Bréfritari: Hildur Jónsdóttir Johnsen
Dagsetning: A-1856-02-12
Skrifað á: Akureyri  Eyf.

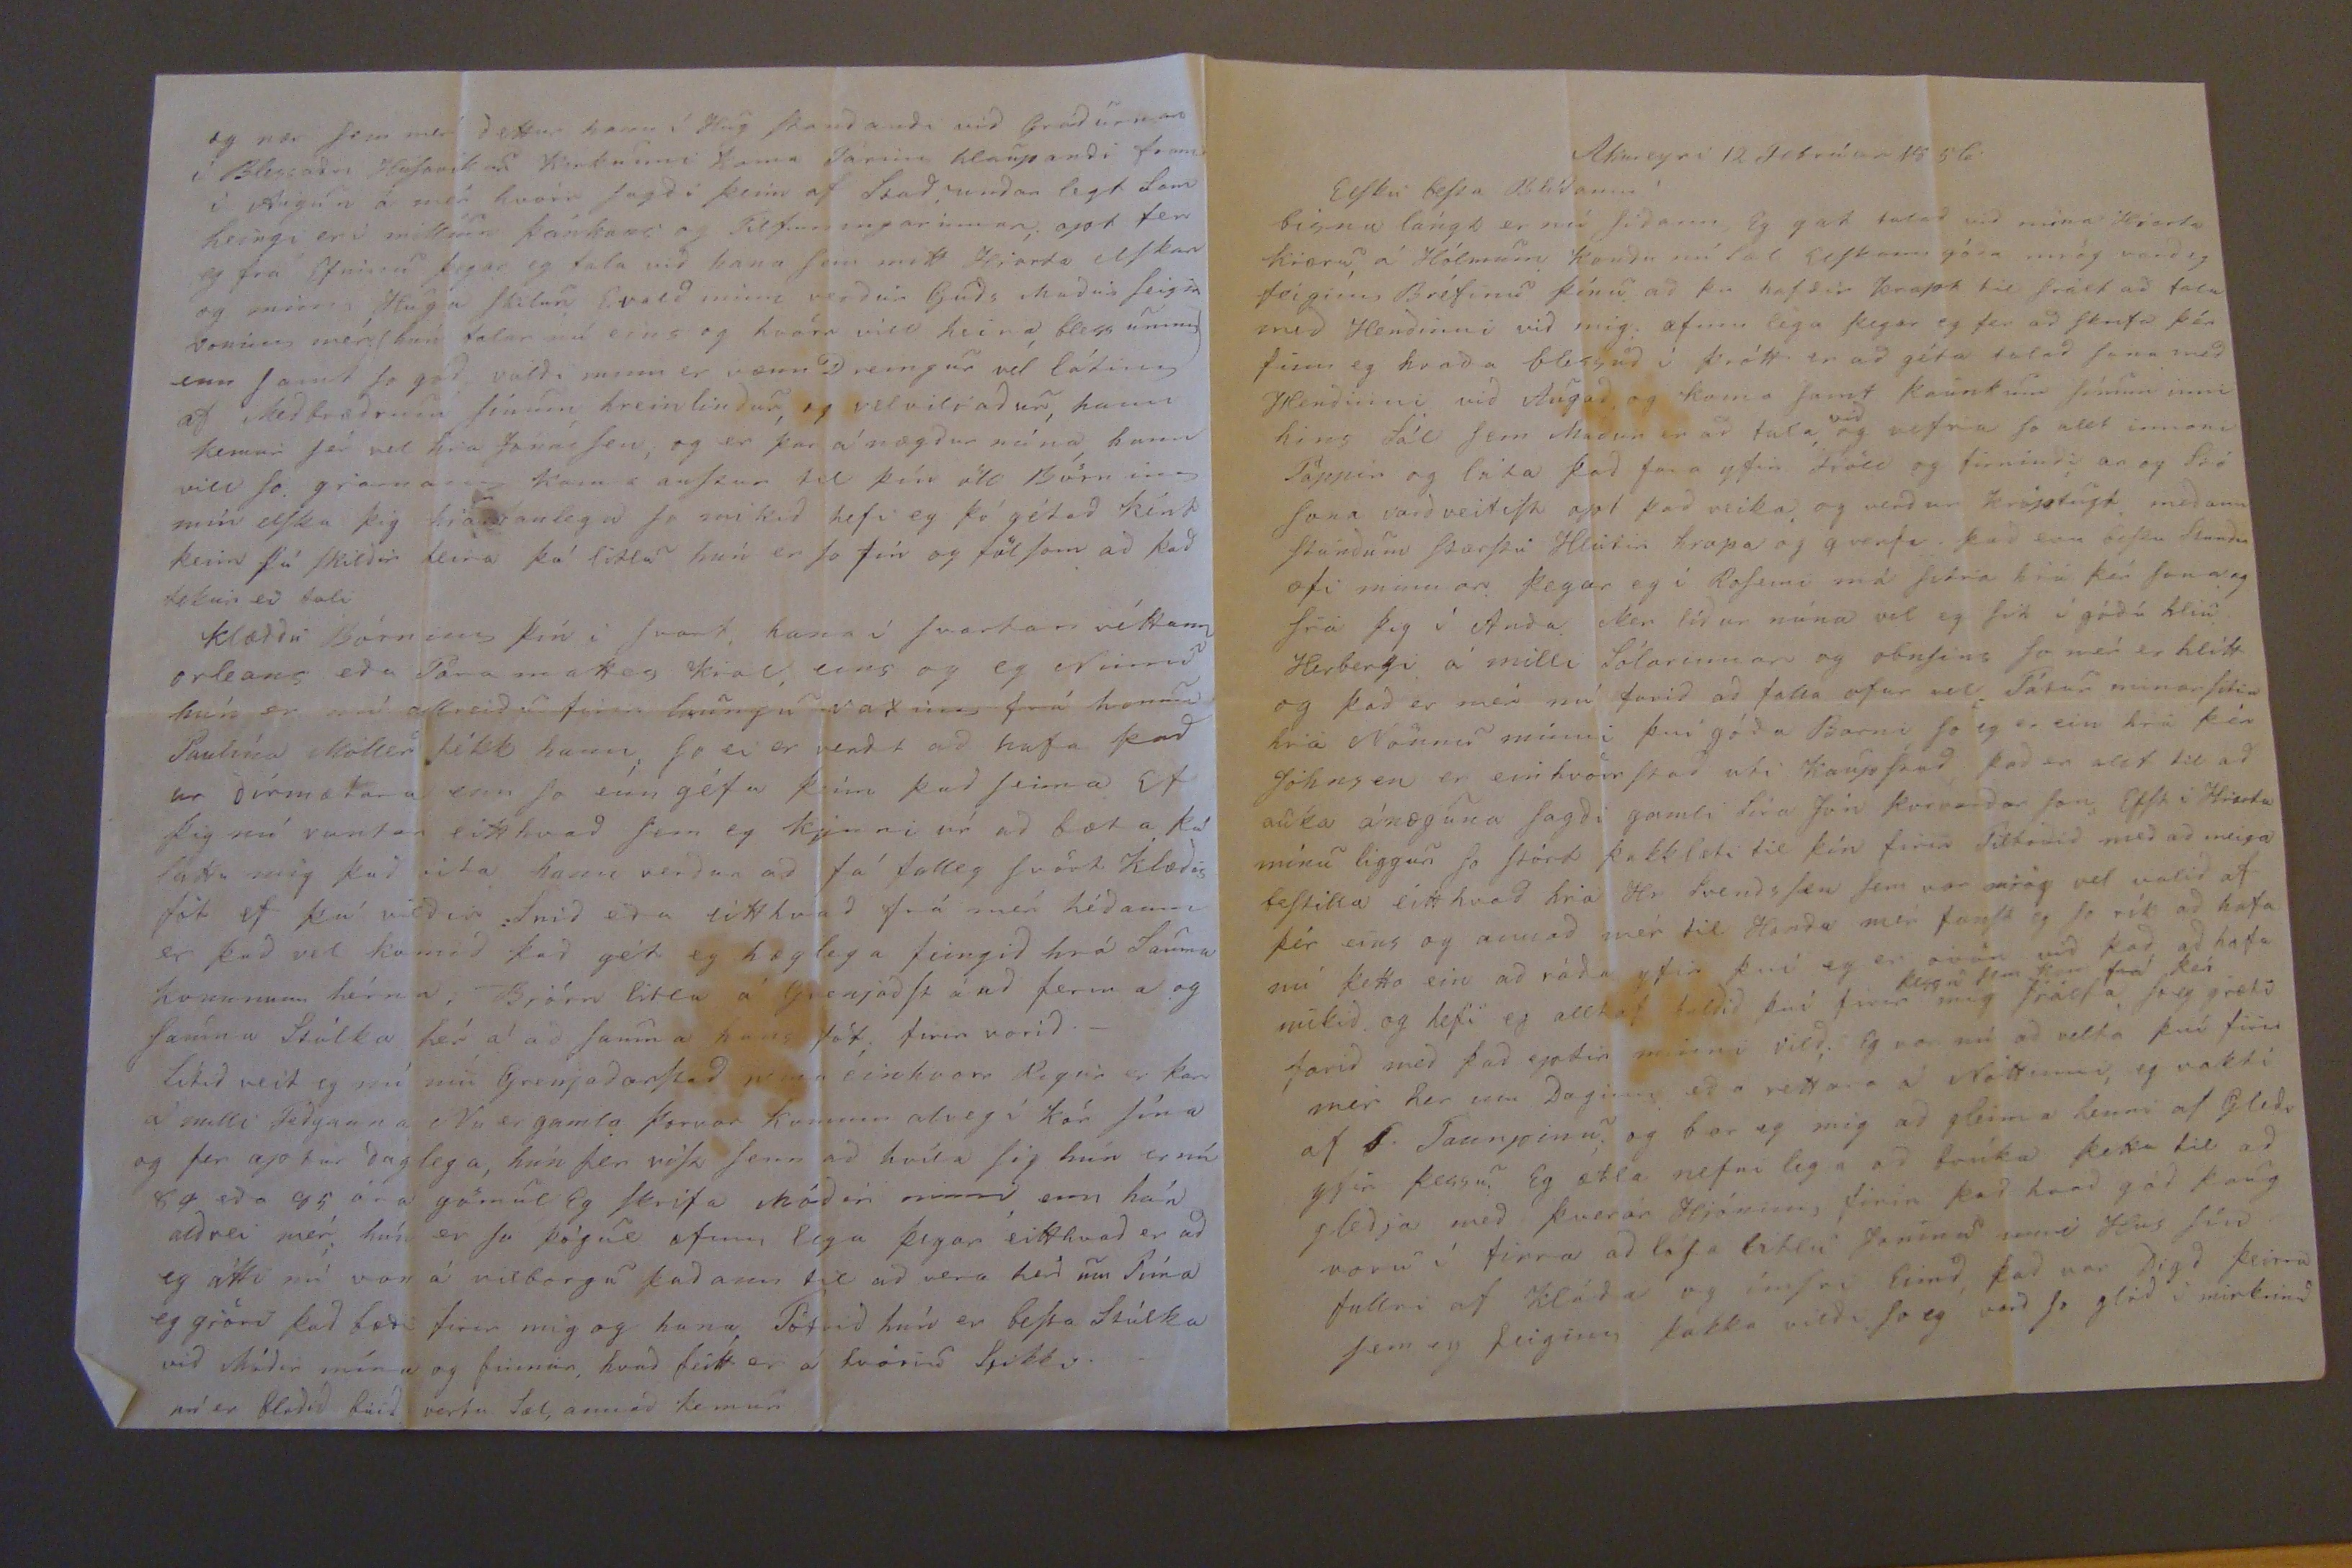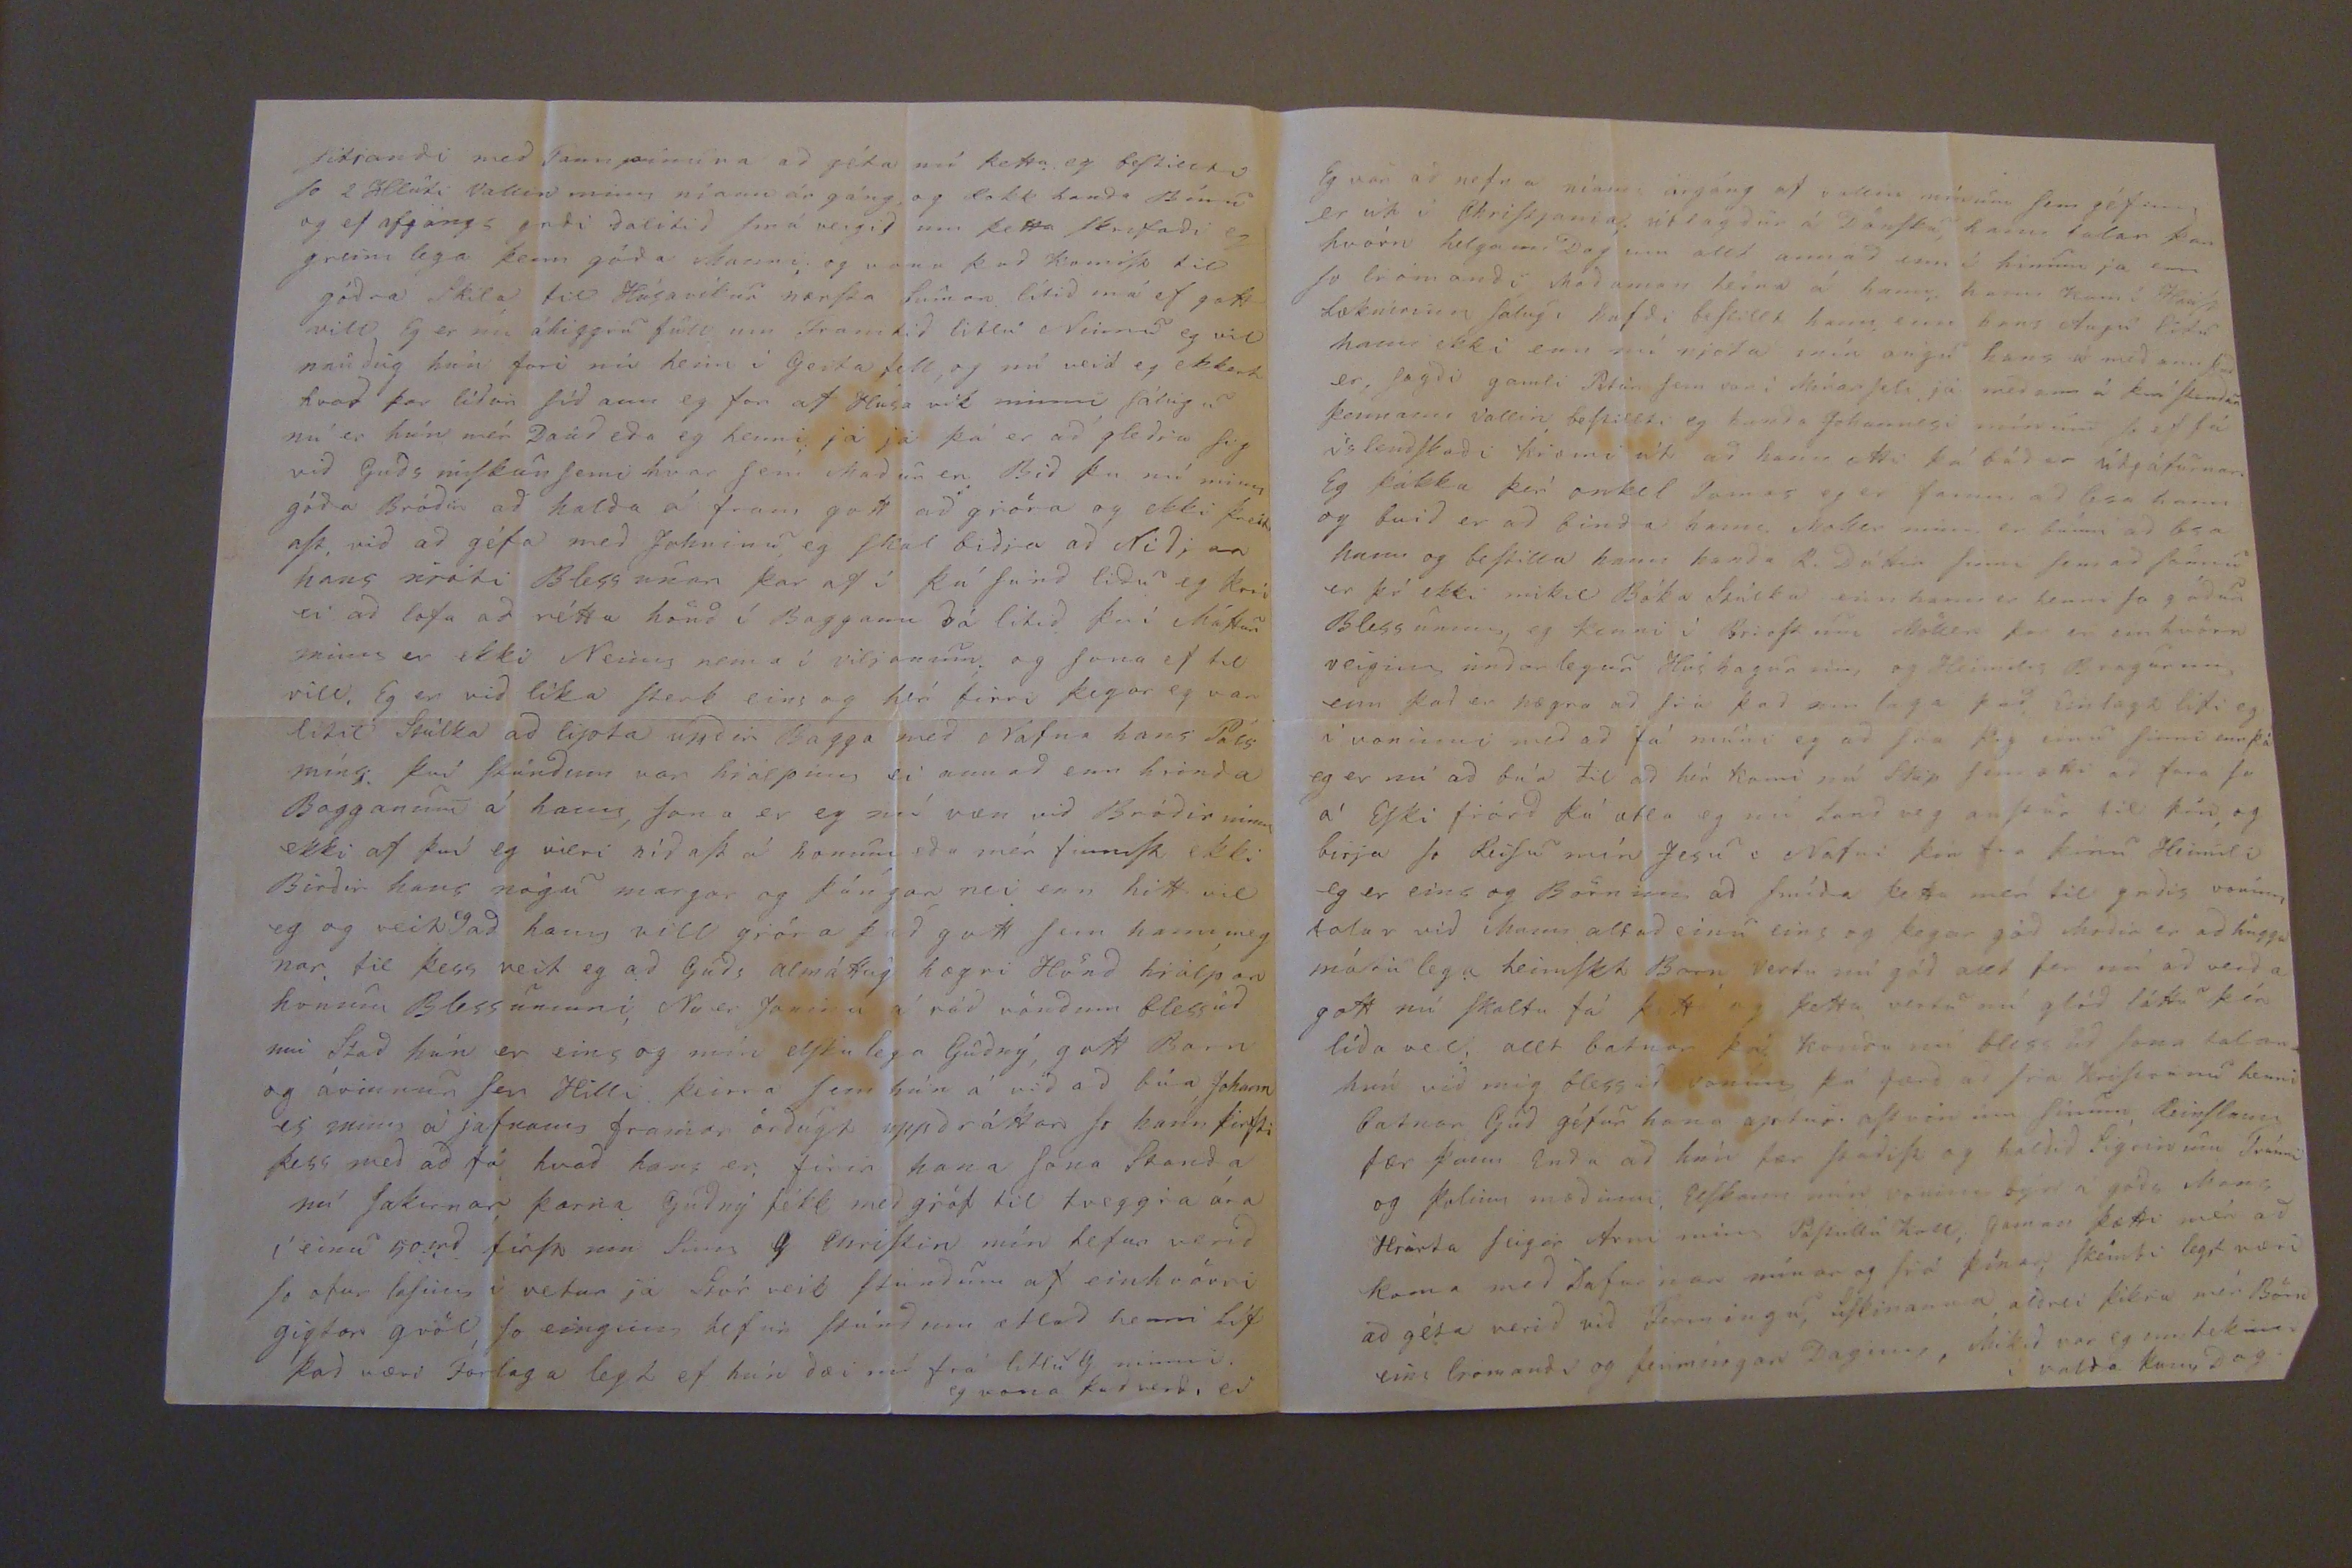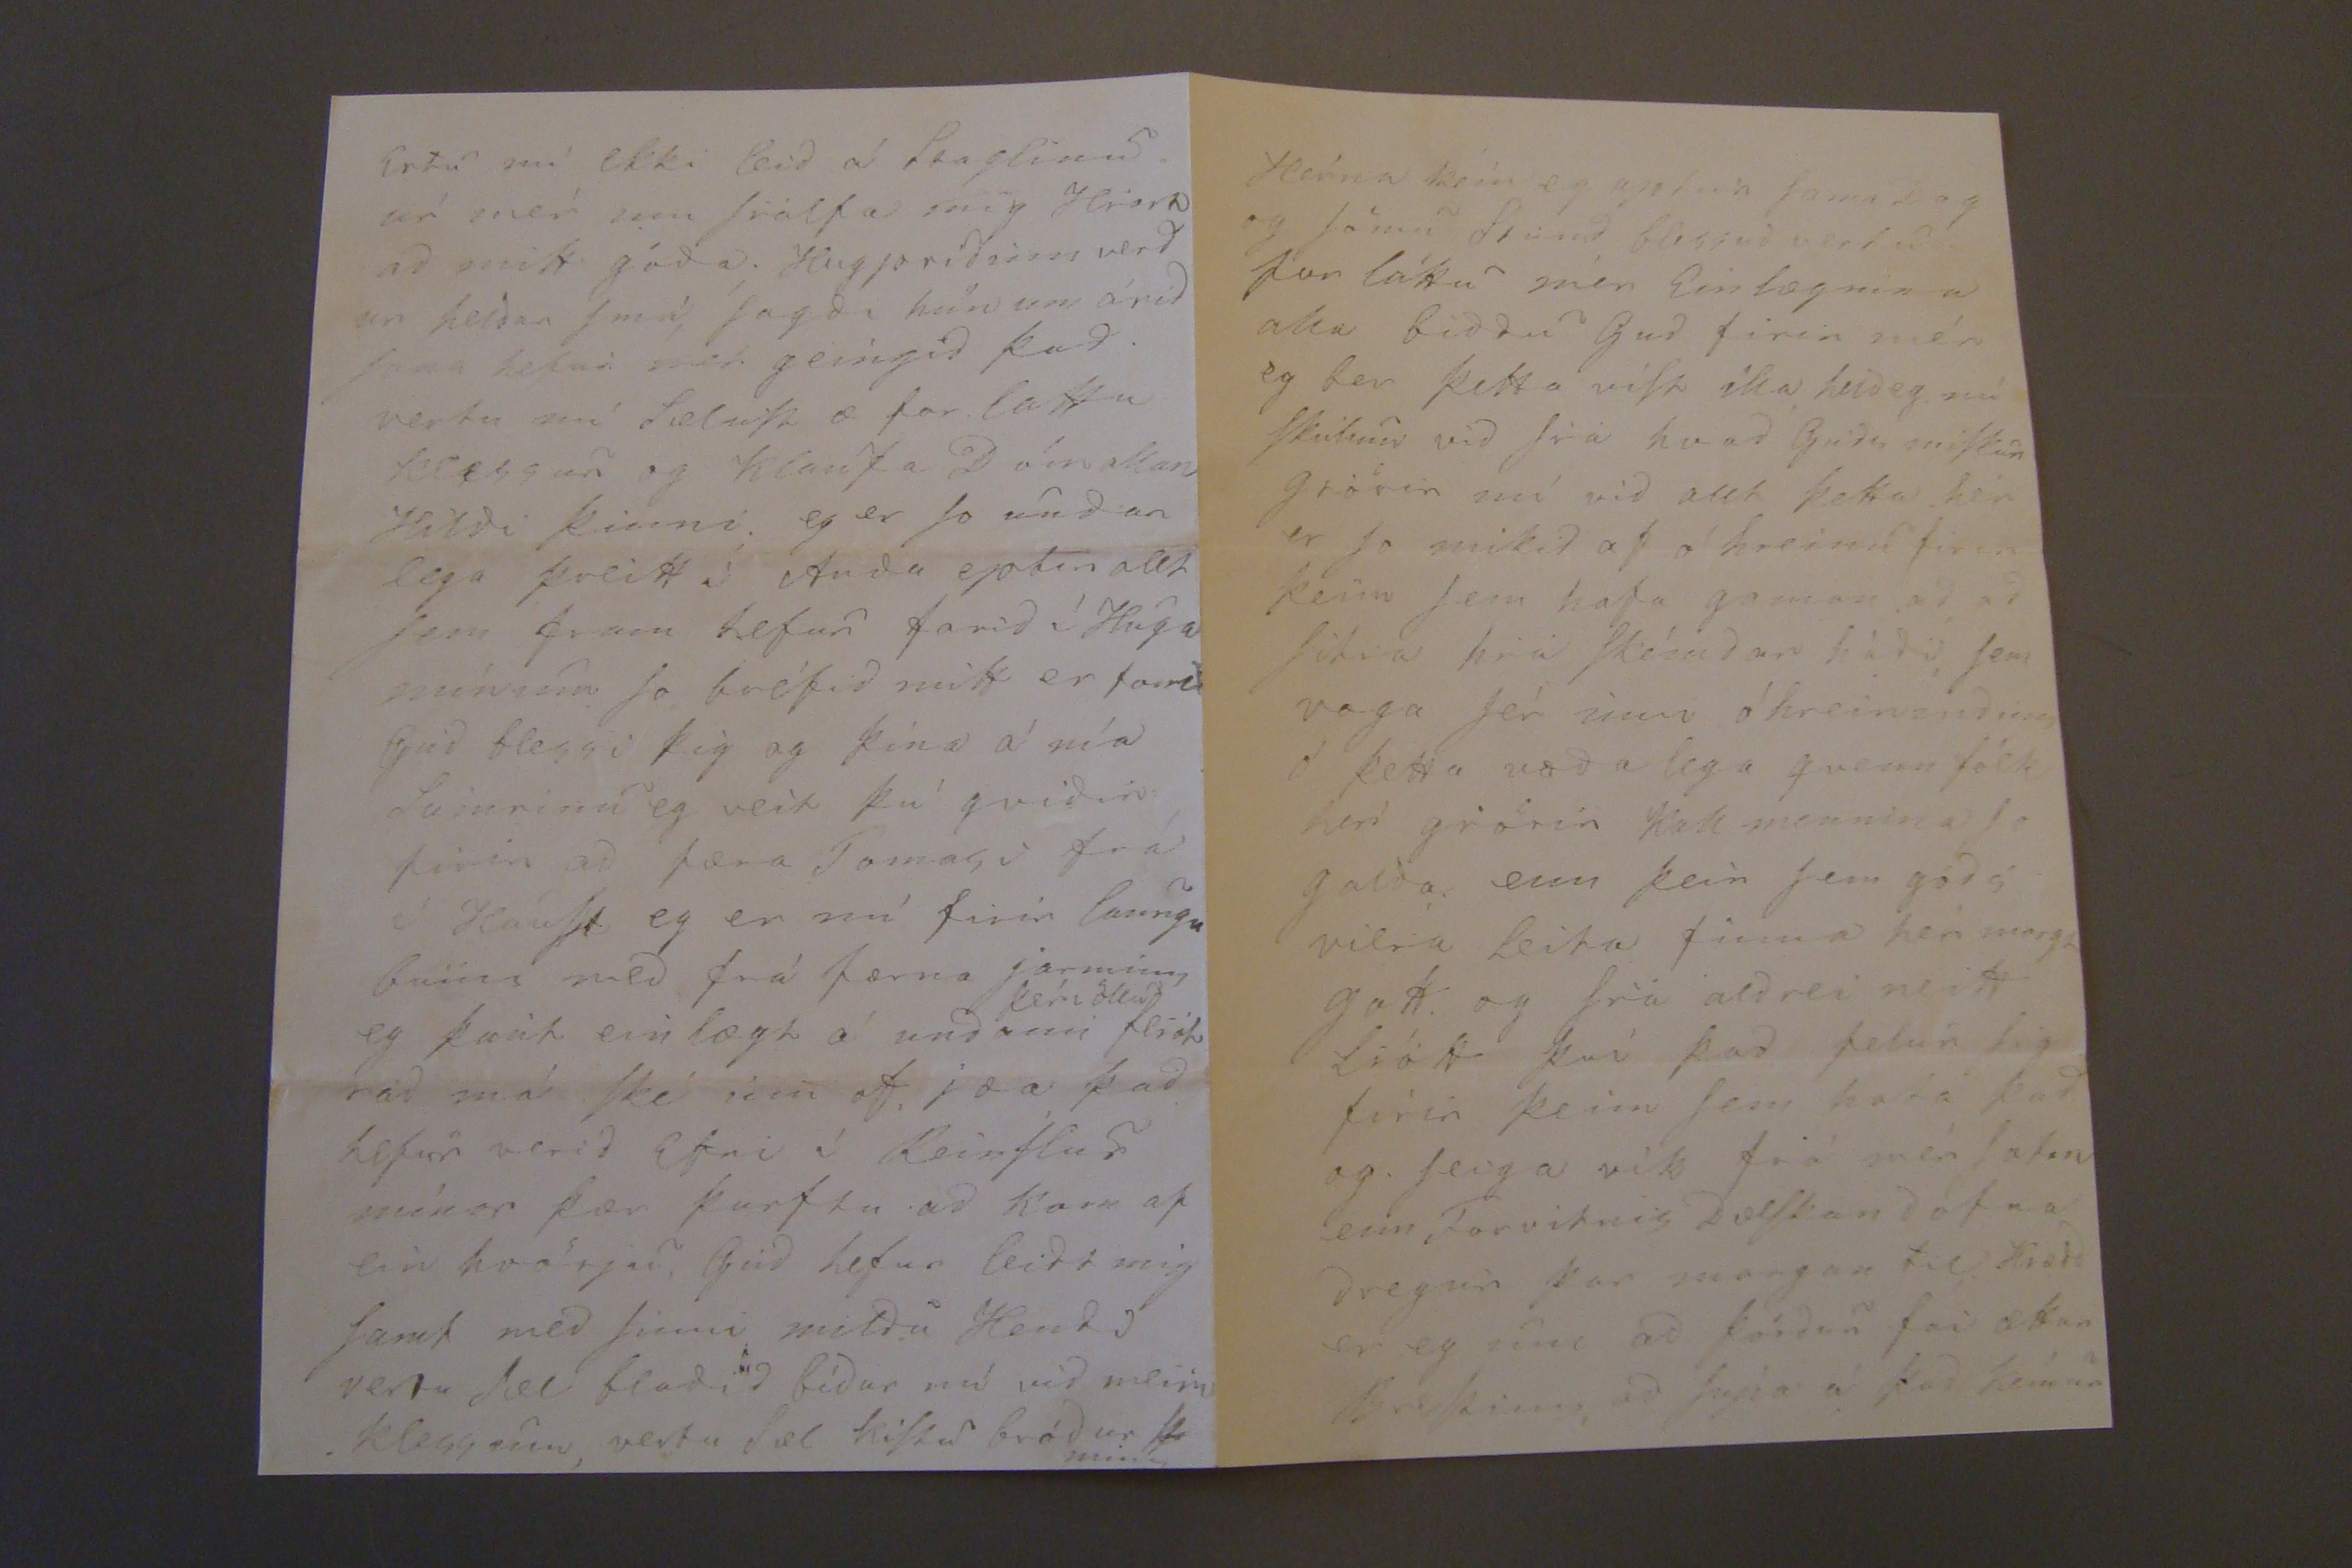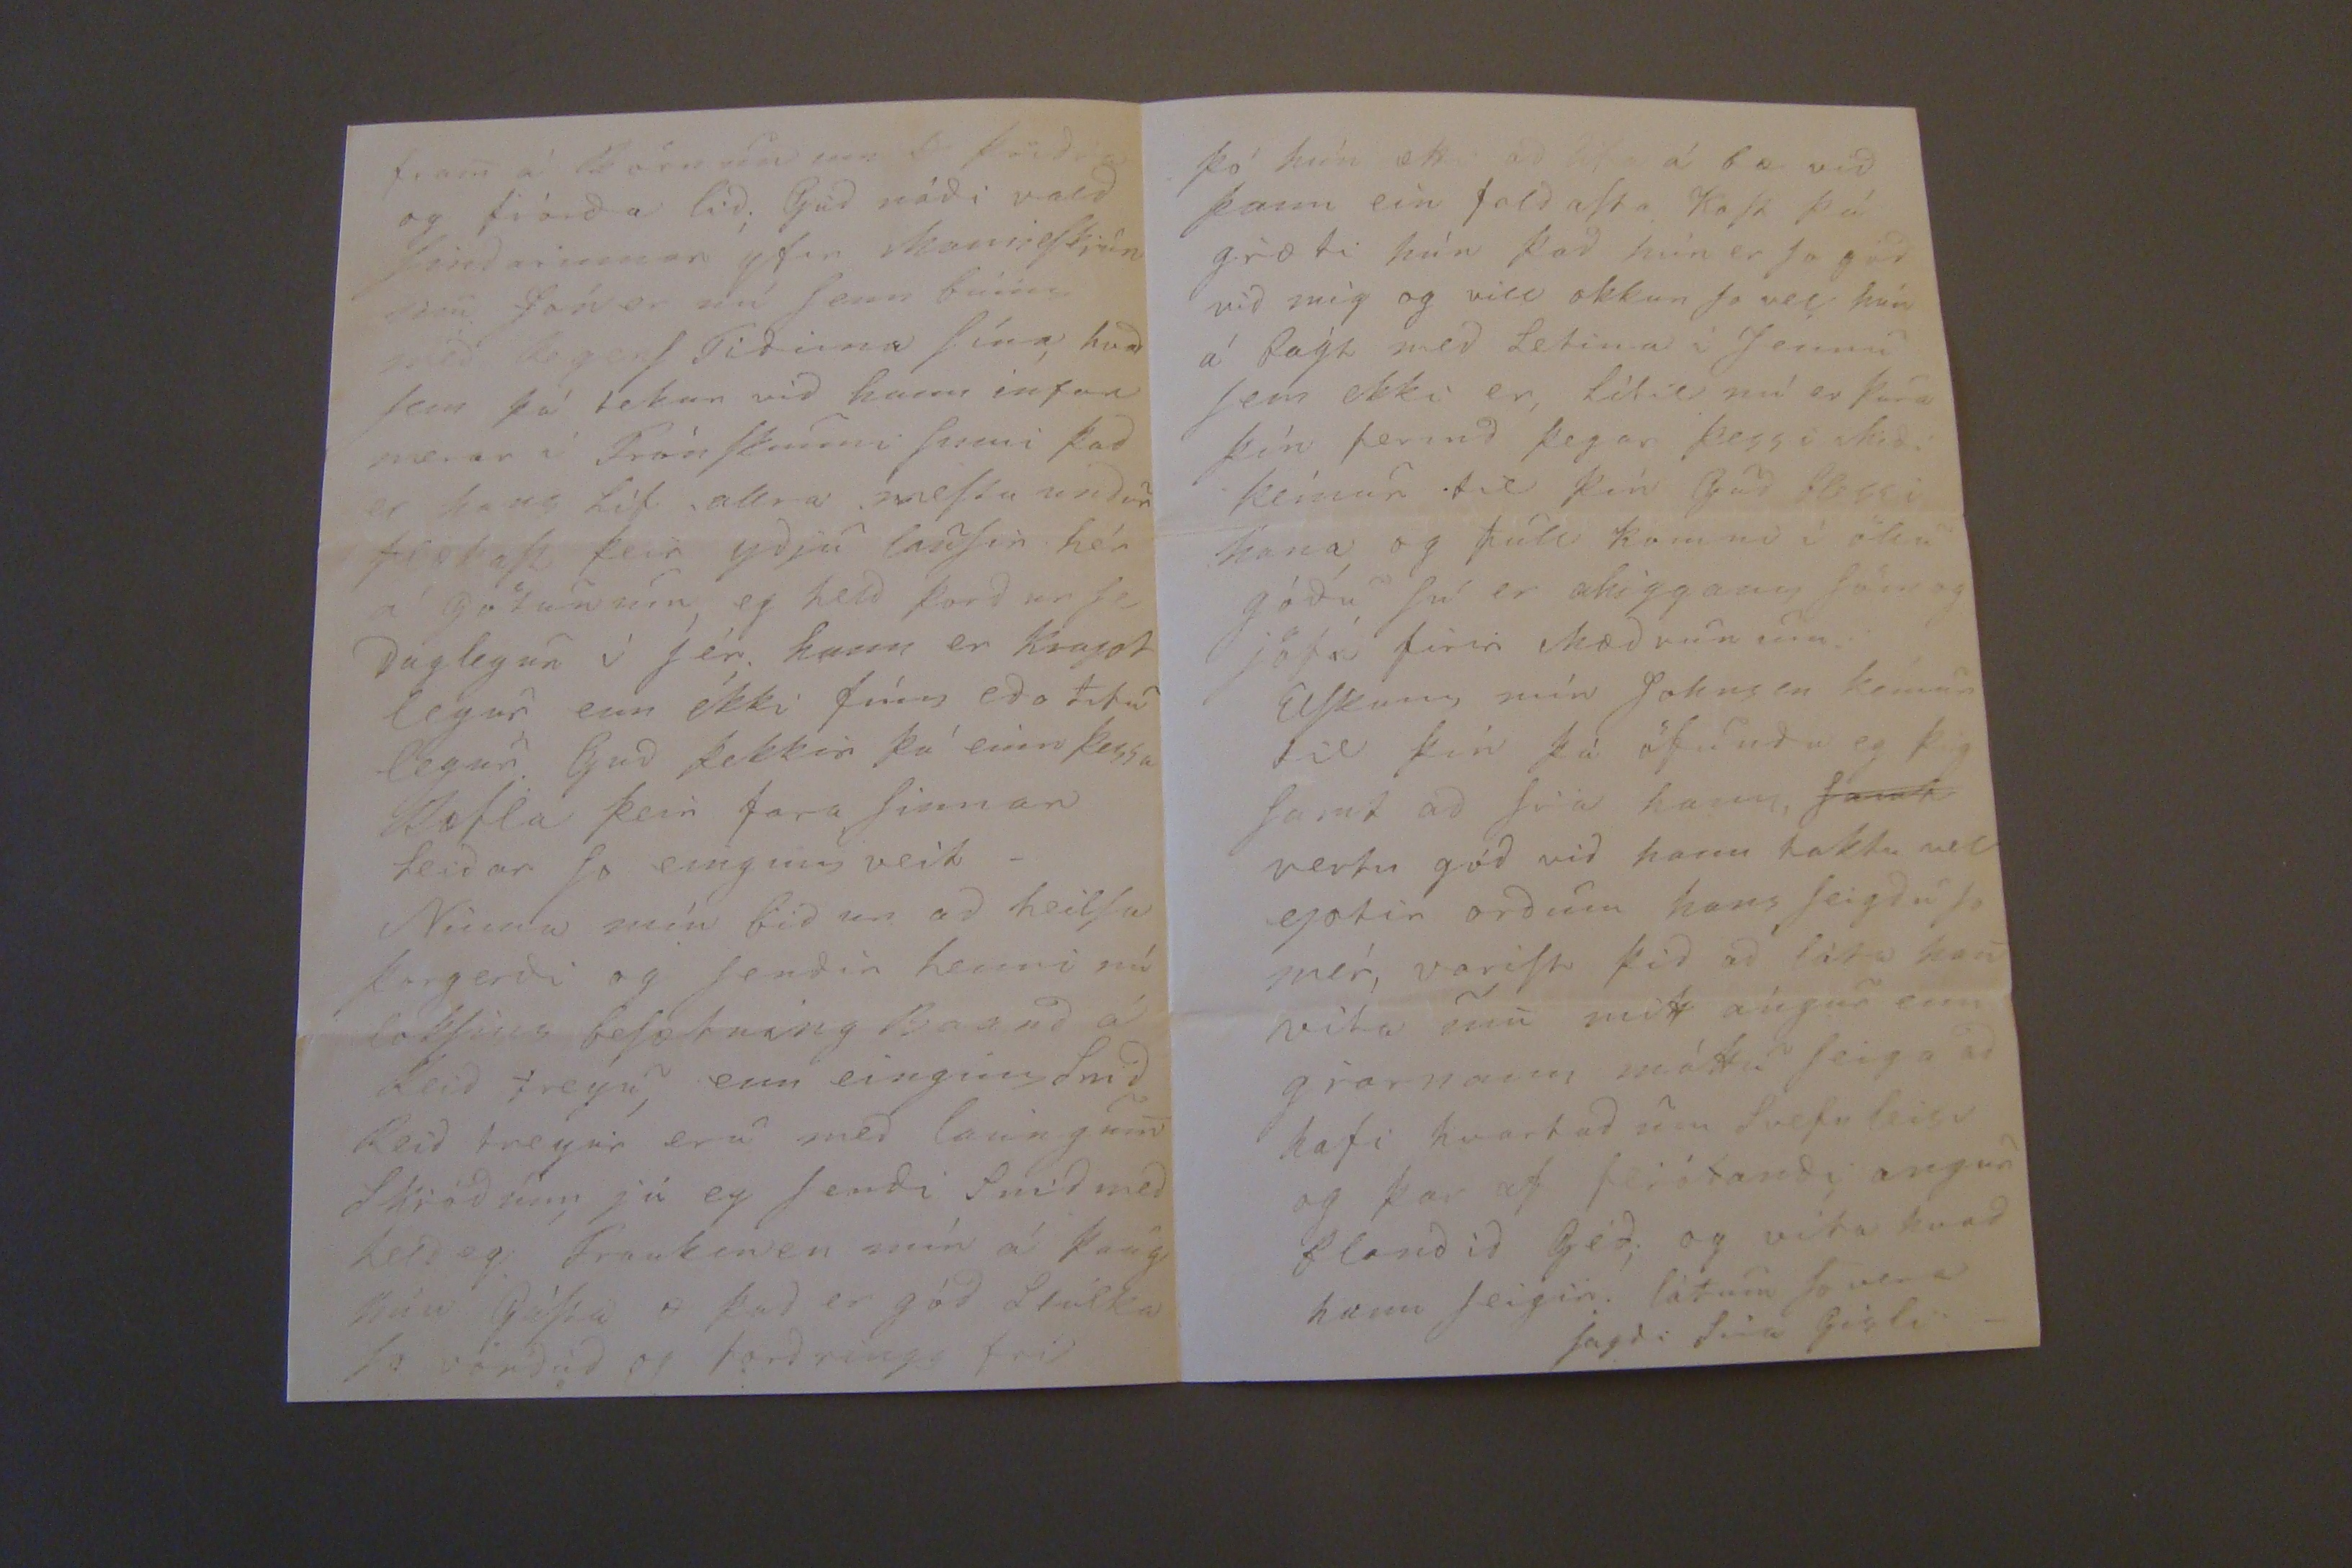

Akureyri 12 Febrúar 1856
ElSku beSta Blídann!
Bisna lángt er nú Sidann Eg gat talad vid mina Hiarta kiæru, á Hólmum kondu nú Sæl ElSkann góda mig vard eg feiginn Bréfinu þínu ad þú hafdir krapt til Siálf ad tala med Hendinni vid mig. æfinn lega þegar eg fer ad Skrifa þér finn eg hvada blessud í þrótt er ad géta talad Sona med Hendinni vid Augad og koma Samt þaunkum Sínum inni hins Sál Sem Madur er ad tala
vid
og vitna So allt innani Pappir og láta þad fara yfir Fiöll og firnindi ar og Sió Sona vardveitiSt opt þad veika og verdur kröptugt medann Stundum þarftu Hlutir hrapa og qverfa. þad eru beStu Stundir æfi minnar þegar eg i RoSemi má Svara hiá þér Sona og Siá þig í Anda Mer lídur núna vel eg Sit í gódu hliu Herbergi á milli Sólarinnar og obnSins So mér er heitt og þad er mér nú farid ad falla ofur vel. Tátur minarSitin hiá Nönnu minni því góda Barni So eg er ein hiá þér Jóhnsen er einhvörr Stad uti KaupStad þad er allt til ad auka ánæguna Sagdi gamli Síra Jón Þorvardar Son EfSt í Hiarta mínu liggur So Stórt þakklæti til þín firir Tilstadid med ad meiga beStilla eitthvad hia Hr SvendsSen Sem var mjög vel valid af þér eins og annad mér til Handa mér fanSt eg So rík ad hafa nú þetta ein ad ráda yfir því eg er óvön vid þad ad hafa mikid og hefi eg alltaf haldid því firir
þessu sem kom frá þér
mig Siálfa Sieg giæti farid med þad eptir minni vild. Eg var nú ad velta því firir mer her um Daginn eda rettara á Nóttunni, eg vakti af
S.
Tannpinu, og bar eg mig ad gleima henni af Gledi yfir þessu. Eg ætla nefni lega ad brúka þeka til ad gledja med þverár Hjóninn, firir þad hand gód þaug voru í firra ad láta litlu Jonínu inni Hus Sín fullri af kláda og ímSri Eimd þad var Digd þeirra Sem eg feiginn þakka virdi So eg vard So glöd i mirkrinu
Sitiandi med Tannpínuna ad géta nú þetta og
bestillti
So 2 Klúti vallin minn níann ár gáng og kokk handa Bínu og ef afgángs yrdi dalítid Sin á veigid um þétta Skrifadi eg greini lega þeim góda Manni, og vona þad komiSt til gódra Skila til Húsavíkur nærSta tíman litid en á ef get vill Eg er nu áhiggiu full um Framtid litlu Ninnu eg vil naudug hún fari nú heim í Geita fell, og nú veit eg ekkert hvad þar lídur Síd ann eg for af Húsa vík minni Sálugu nú er hún mér Daud eda eg henni já já þá er ad gledia Sig vid Guds miSkun Semi hvar Sem Madur er Bid Þa nú minn góda Bródir ad halda á fram gott ad giöra og ekki þreitaSt, vid ad géfa med Johninu, eg Skal bidia ad Nidjan hans nióti Blessunar þar af í þá fund lidu eg kom er ad lofa ad rétta hönd í Baggann dá litid því Máttur minn er ekki Neinn nema í viljanum. og Sona ef til vill. Eg er vid líka Sterk eins og hér firri þegar eg var lítil Stúlka ad lipta undir Bagga med Nafna hans Páls míns. því Stundum var hiálpinn ei annad enn hrinda Bagganum á hann Sona er eg nú væn vid Bródir minn ekki af því eg vilii nídaSt á honum, eda mér finniSt ekki Birdir hans nógu margar og þúngar nei enn hitt vil eg og veit ad hann vill giöra þad gott Sem hann, meg nar, til þess veit eg ad Guds almáttug hægri Hönd hiálpar honum Blessunni, Nu er Jonina á rád vöndum blessud
nui
Stad hún er eins og mín elSku lega Gudný, gott Barn og ávinnun fer Milli þeirra Sem hún á vid ad búa, Johann er minn á jafnans framar ördugt uppdráttar So hann þirfti þess med ad fá hvad hans er, firir hana Sona Standa nú Sakirnar þarna Gudný fékk med giöf til tveggia ára í einu 50
rd
firSt um Sinn G ChriStin mín hefur verid So ofur laSin í vetur já fár veik Stundum af einhvörri gigtar gvöl, So eingum hefur Stundum ætlad henni líf þad væri Forlaga legt ef hún dæi nú frá litlu G minni. eg vona þad verdi ei
og nær Sem mer dettur hann í Hug Standandi vid Grádurnar í Blessadri HúSavikur Kirkunni koma Tamin hlaupandi fram í Augun á mér hvörn Sagdi þeim af Stad undar legt Sam heingi er i millun þánkans og Tilfinningarinnar, opt fer eg frá Efninu þegar eg tala vid hann Sem mitt Hiarta elSkar og minn Hugu Skilur (vald minn verdur Guds Madur feigin kominn mér ( hún talar nú eins g hvörn vill heira blessunum) enn Samt So god valdi minn er vænn Drengur vel látinn af Medbrædrum Sínum hreinlindur, og velviljadur, hann kemur Sér vel hia Jonas Sen, og er þar ánægdur núna hann vill So. giarnann koma auStur til þín öll Börninn mín ElSka þig hiartanlega So mikid hefi eg þó gétad ként þeim þú Skildir heira þá litlu hún er So fín og föl Som ad þad tekur ei tali
Klæddi Börninn þín i Svart, hana í Svartan réttann orleans eda Para matteg kiol, eins og eg
Sinni
hún er nú
allveidu
firir bumpu vaxinn frá honum Paulína Möller fékk hann; So ei er vendt ad hafa þad er dírmætara enn So enn géfa þeim þad Seinna Ef þig nú vantar eitthvad Sem eg kjemur ad bæta þá lattu mig þad vita hann verdur ad fá falleg Svört klædis föt ef þú midir Snid eda eitthvad frá mér hédann er þad vel komid þad gét eg hæglega feingid hiá Sauma konunum hérna, Björn litla á GrenjadSt á ad ferma og Jonína Stúlka hér á ad Sauma hans föt, firir vorid-
litid veit egi nú um GrenjadarStad utan einhvers Regur er þar á milli Fedganna Nú er gamla þarnar konurnar alveg í kór Sína og fer aptur daglega, hún fer víSt Senn ad hvíla Sig hún er nú 84 eda 85 ára gömul Eg Skrifa módir minni enn hún aldrei mér hún er So þögul æfinn lega þegar eitthvad er ad eg átti nú von á vilbörgu þadann til ad vera hér um Tíma eg giöri þad bædi firir mig og hana Fóstrid hún er beSta stúlka vid Módir mína og finnur hvad feitt er á hvörru
Sjikki
. nú er Bladid búid vertu Sæl, annad kemur
Hérna kém eg aptur Sama Dag og Sömu Stund blessud vertu for láttu mér Einlægnina alla biddu Gud firir mér eg ber þetta víSt ílla held eg nú Skulum vid Siá hvad Guds miSkun giörir nú vid allt þetta hér er So mikid af ó hreinu firir þeim Sem hafa gaman ad ad Sitia hiá Skémdar hádi, Sem voga Sér inni óhreinsudinn ó þetta voda lega quenn fólk herí giörír Kall mennina So galda enn þeir Sem góds vilia leita Sinna hér margt gott og Siá aldrei neitt Liótt því þad felur Sig firir þeim Sem hata þad og Seiga vík frá mér
fatin
enn Forvitnis DælSkan dofna dregur þar margar til Hrædd er eg um ad þórdur fai ættar BreSkinn ad
Snípa
á þad kémur
fram á Börnunum D þridia og fiórda lid; Gud nádi vald Sindarinnar yfir
SkanneSkiun
sem Jón er nú Sem búinn med
kogenS Tidinna
Sína, hvad Sem þá tekur vid harm
infan
mer er í FrönSkunni Sinni þad er hans líf ,allra meStu undur
feskap
þeir ydju lauSir hér á Götunum, eg held þord ur Se daglegur í Sér. hann er krapt legur enn ekki fínn eda litu legur. Gud þekkir þá einn þessa Ræfla þeir fara Sinnar leidar So einginn veit-
Nínna mín bid ur ad heilSa þorgerdi og Sendir henni nú bokSins beSætning Báund á leid treýu; enn einginn Snid leid treyur eru med laungum Skiódum; jú eg Sendi Snid med held eg. Fraukenen mín á þaug hún GáSsa a þad er gód Stúlka So verdud og tordrings fri
Ertu nú ekki leid á Staglinu úr mér um Siálfa mig Hiart ad mitt góda; Hugprídum verd ur heldur Smá, Sagdi hun um árid Sama hefur mér geingid þad. vertu nú SæluSt æ far lattu Klessur og Klaufa D óm allan Hildi þinni. eg er So undar lega þreitt í Anda eptir allt Sem fram hefur farid í Huga mínum So bréfid mitt er farid Gud blessi þig og þína á nía
Svinrinu
eg veit þú qvidir firir ad færa Tomasi frá í HauSt eg er nú firir laungu búinn med frá færna jarminn eg þaut ein lægt á undann fliót rád má Ské um af, jæa, þad hefur verid Efni í ReinSlur mínar þær þurftu ad kom af ein hvörju, Gud hefur leidt mig Samt med Sinni mildu Hendi vertu Sæl bladid bídur nú vid
mlim
klessum, vertu Sæl kiStu bródur
Str.
minn
þó hún ætti ad lifa á bæ vid þann ein fald aSta KoSt þó giæti hún þad hún er So gód vid mig og vill okkur So vel hún á bágt med Letina í Jennu Sem ekki er, lítil nú er þóra þín fermd þegar þessi Midi kémur til þín Gud blessi hana, og full komni í öllu gódu, Sú er ahiggann Söm og jöfn firir Mædrunum.
ElSkann mín Johnsen kemur til þín þá öfunda eg þig Samt ad Siá hann,
Samt
vertu gód vid hann taktu vel eptir ordum hans Seigdu So mér, variSt vid ad láta han vita um mitt angur enn giarnann máttu Seiga ad hafi hvartad um Svefnleisi og þar af hliótandi, angur blandid Géd; og vita hvad hann Seigir. látum So vera Sagdi Síra Gísli.